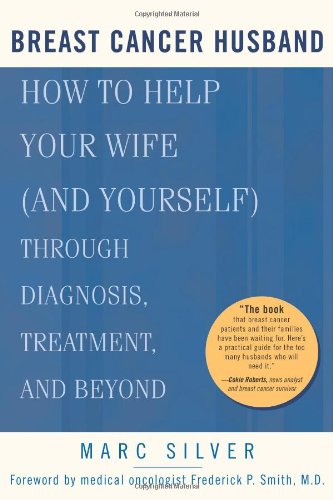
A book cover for Breast Cancer Husband: How to Help Your Wife (and Yourself) during Diagnosis, Treatment and Beyond; Marc Silver; Health, Fitness & Dieting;